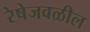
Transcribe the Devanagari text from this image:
रेषेजवळील